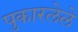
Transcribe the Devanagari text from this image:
पुकारलेले